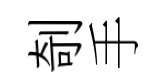
剞手